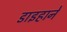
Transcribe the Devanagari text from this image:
डाइहाने